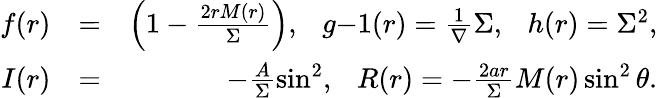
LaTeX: \begin{array}{rlr}{f(r)}&{=}&{\left(1-\frac{2rM(r)}{\Sigma}\right),~~~g{-1}(r)=\frac{1}{\nabla}\Sigma,~~~h(r)=\Sigma^{2},}\\ {I(r)}&{=}&{-\frac{A}{\Sigma}\sin^{2},~~~R(r)=-\frac{2ar}{\Sigma}M(r)\sin^{2}\theta.}\end{array}